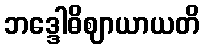
ဘဒ္ဒေါဓိဈာယာယတိ